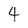
Character: 4